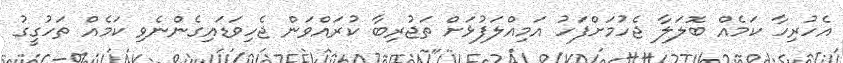
އެހުރިހާ ކަމެއް ބޮލަލާ ޖެހުމަށްފަހު އަމިއްލަފުޅަށް ތަޖުރިބާ ކުރައްވަން ޖެހިވަޑައިގެންނެވި ކަމެއް ތަހުގީގު